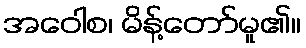
အဝေါစ၊ မိန့်တော်မူ၏။